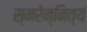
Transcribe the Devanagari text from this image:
स्मरेन्नित्यं